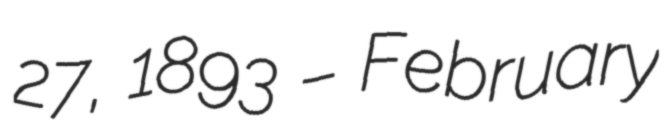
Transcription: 27, 1893 – February